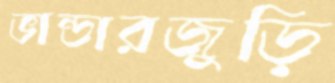
ভান্ডারজুড়ি